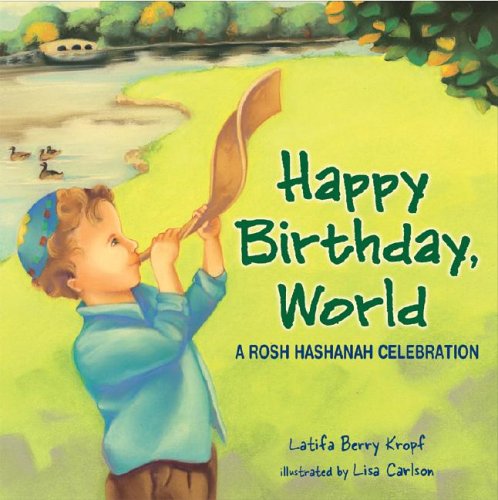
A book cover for Happy Birthday, World: A Rosh Hashanah Celebration (Very First Board Books); Latifa Berry Kropf; Children's Books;